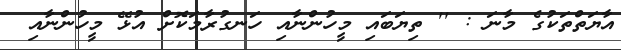
އާޔަތްތަކުގެ މާނަ : '' ތިޔަބައި މީހުންނާއި ހަނގުރާމަކޮށް އުޅޭ މީހުންނާއި